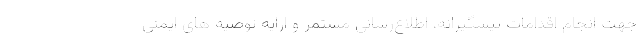
جهت انجام اقدامات پیشگیرانه، اطلاع‌رسانی مستمر و ارایه توصیه های ایمنی